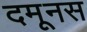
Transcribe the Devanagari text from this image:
दमूनस